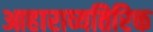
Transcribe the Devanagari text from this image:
आहाराव्यतिरिक्त